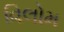
વિલોમ